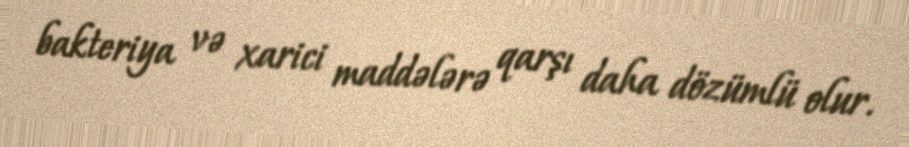
bakteriya və xarici maddələrə qarşı daha dözümlü olur.